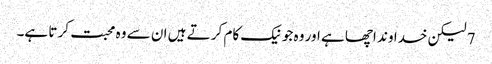
7 لیکن خدا وند اچھا ہے اور وہ جو نیک کام کر تے ہیں ان سے وہ محبت کر تا ہے۔